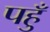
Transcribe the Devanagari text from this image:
पहुँ